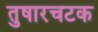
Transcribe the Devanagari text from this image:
तुषारचटक